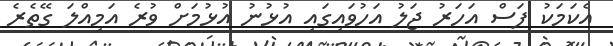
އެކަމަކު ފަސް އަހަރު ޖަލު އަހުވައިގައި އުޅުނު އުޅުމަށް ވުރެ އަމިއްލަ ގޭތެރެ